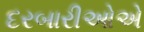
દરબારીઓએ